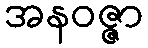
အနဝဇ္ဇာ